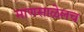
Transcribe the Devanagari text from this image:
माणसाळेलच